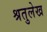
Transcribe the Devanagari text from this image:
श्रतुलेख